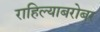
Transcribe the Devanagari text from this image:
राहिल्याबरोबर